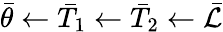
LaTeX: \bar{\theta}\leftarrow\bar{T}_{1}\leftarrow\bar{T}_{2}\leftarrow\bar{\mathcal{L}}